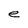
Character: e